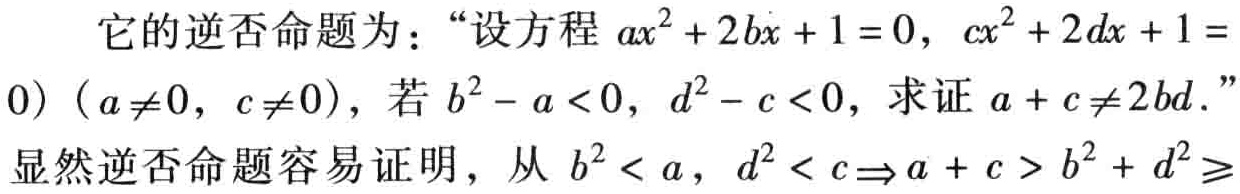
它的逆否命题为：“设方程 \(ax^{2}+2bx + 1 = 0\)，\(cx^{2}+2dx + 1 = 0\)（\(a\neq0\)，\(c\neq0\)），若 \(b^{2}-a < 0\)，\(d^{2}-c < 0\)，求证 \(a + c\neq2bd\)。”显然逆否命题容易证明，从 \(b^{2} < a\)，\(d^{2} < c\Rightarrow a + c > b^{2}+d^{2}\geqslant\)